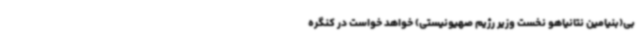
بی(بنیامین نتانیاهو نخست وزیر رژیم صهیونیستی) خواهد خواست در کنگره